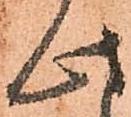
此